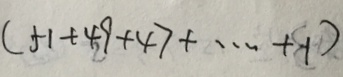
( 5 1 + 4 9 + 4 7 + \cdots + 1 )